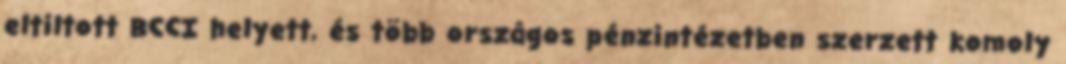
eltiltott BCCI helyett, és több országos pénzintézetben szerzett komoly